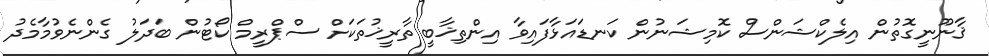
ޤާނޫނީގޮތުން އިލެކްޝަންސް ކޮމިޝަނުން ކަނޑައަޅާފައިވާ އިންތިޚާބީ ތާރީޚުތަކަށް ސްޕްރީމް ކޯޓުން ބަދަލު ގެންނެވުމާމެދު